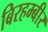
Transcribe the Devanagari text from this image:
बिरहम्बीर